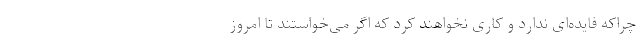
چراکه فایده‌ای ندارد و کاری نخواهند کرد که اگر می‌خواستند تا امروز